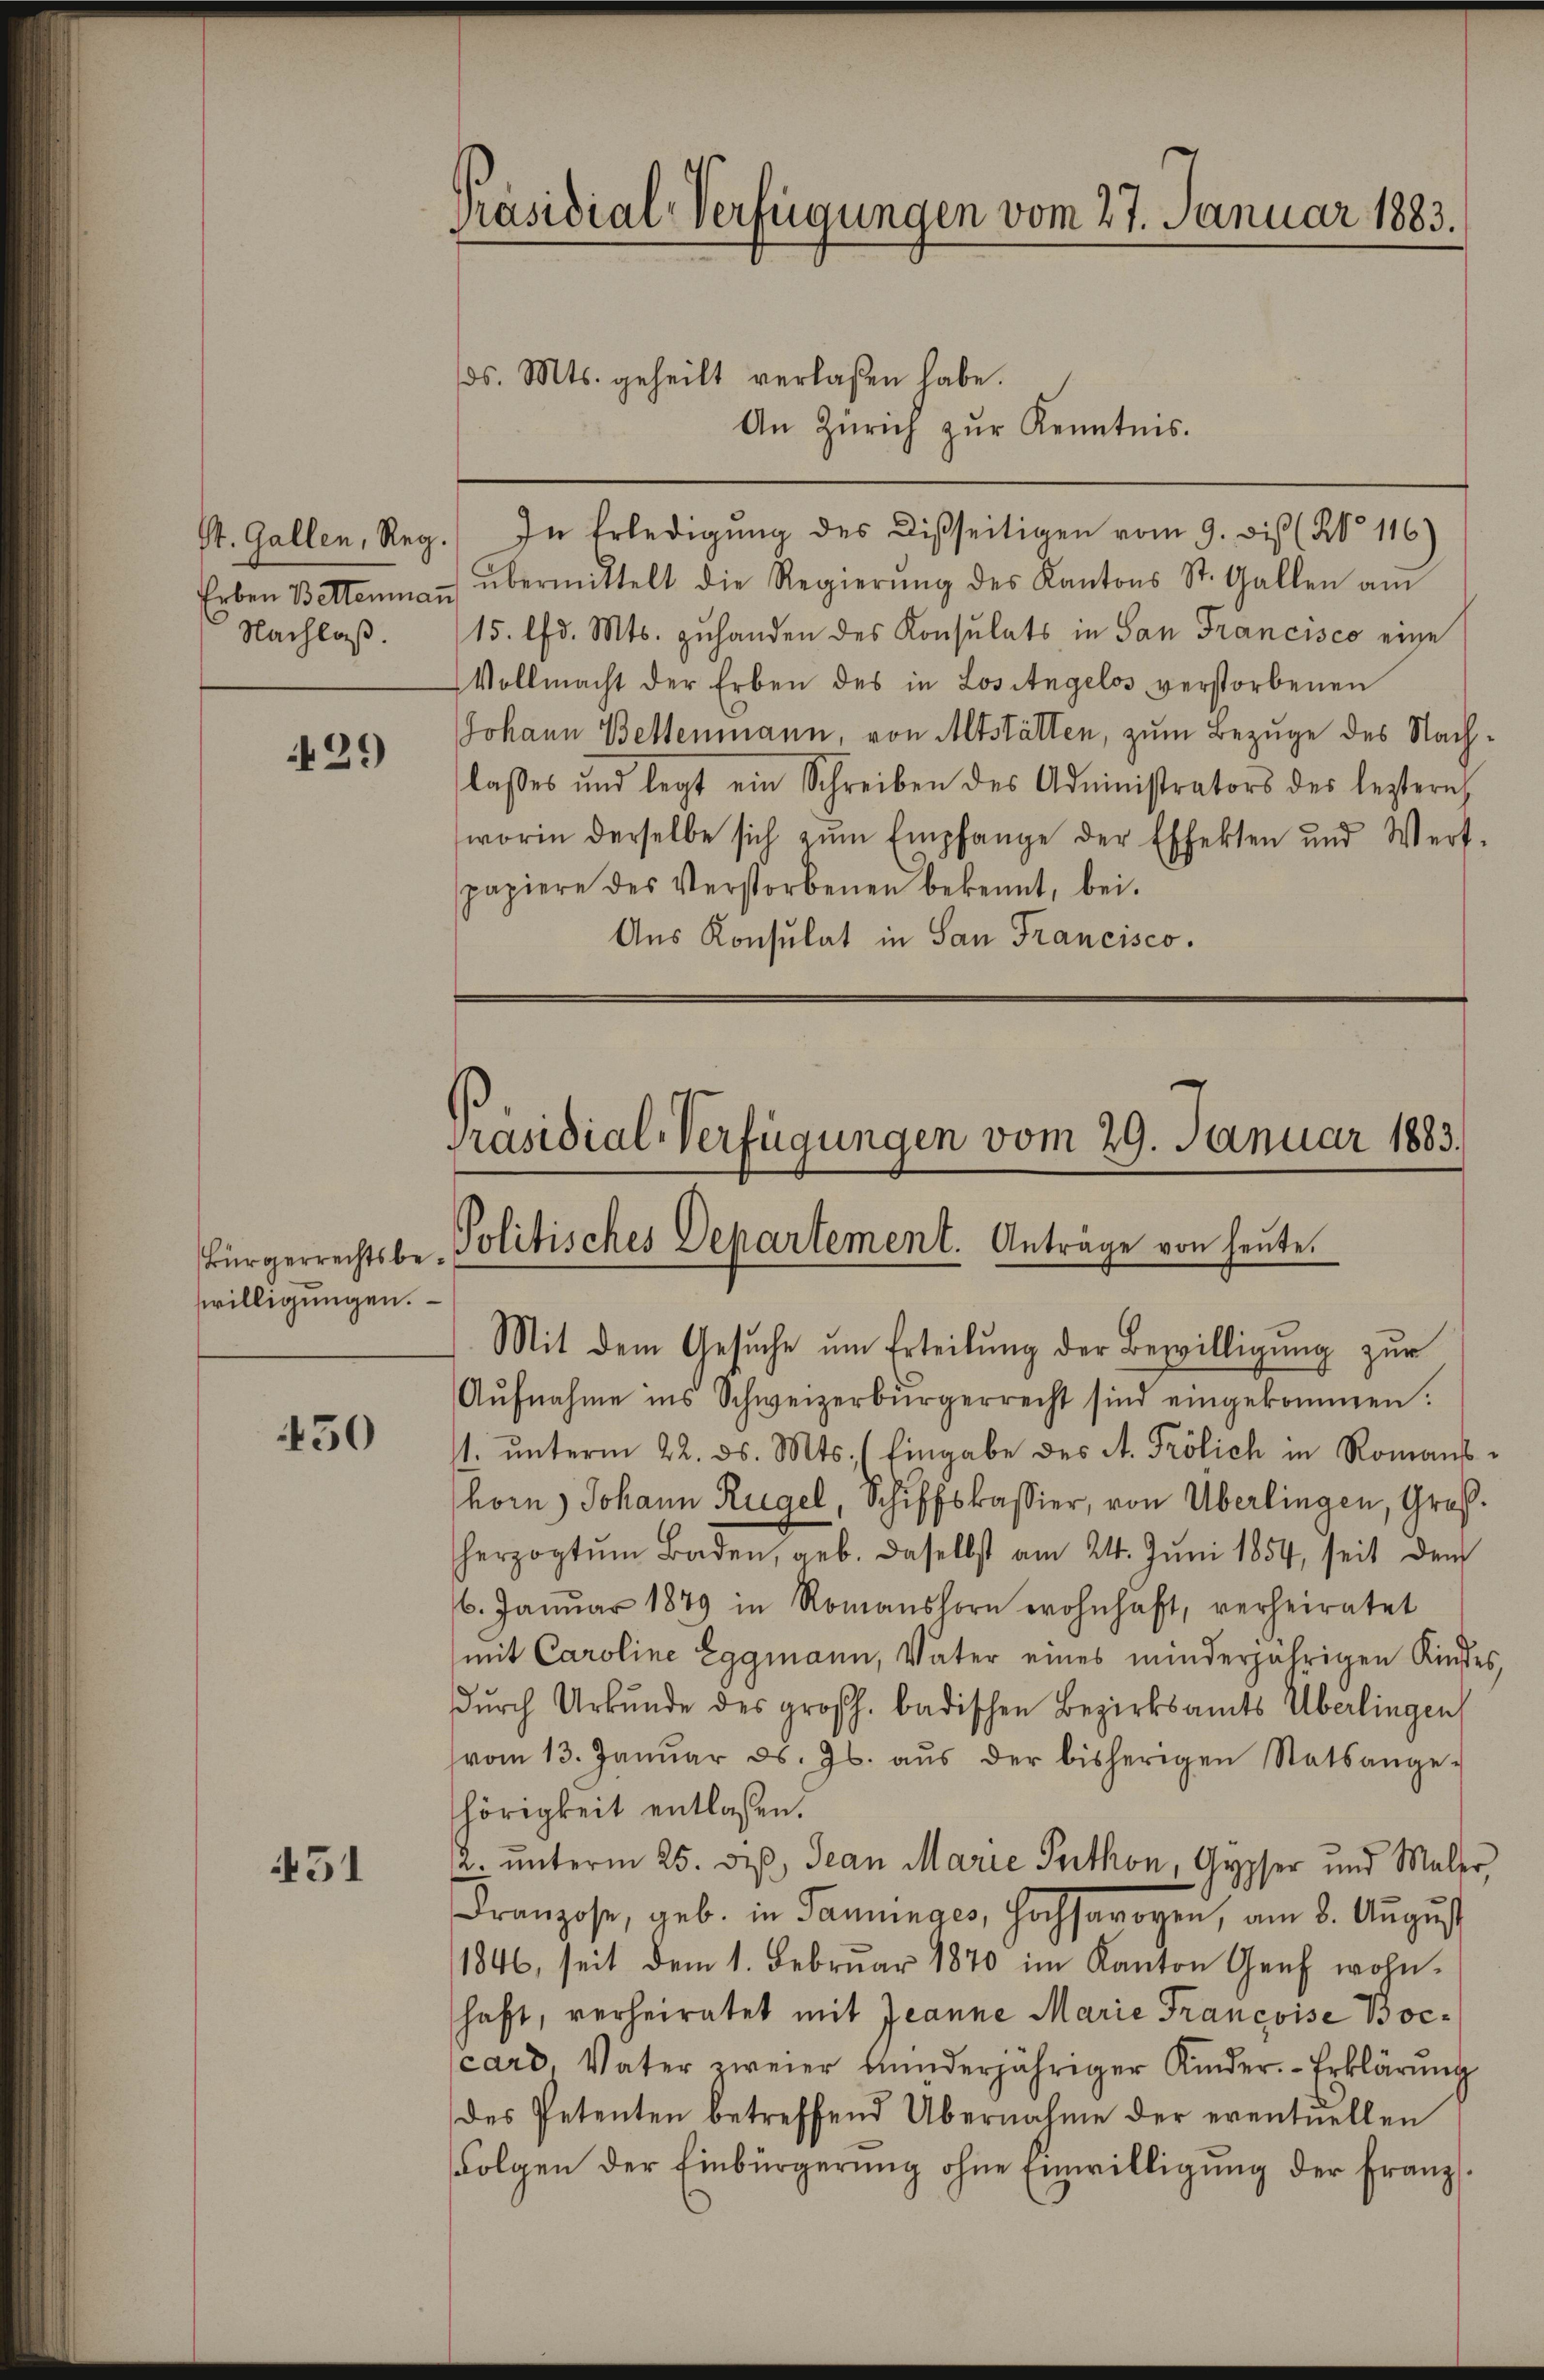
Nachlaß.

429

Bürgerrechtsbewilligŭngen.

450

51

Präsidial-Verfügungen vom 27. Januar 1883.

ds. Mts. geheilt verlaßen habe.
An Zürich zŭr Kenntnis.
St. Gallen, Reg. In Erledigung des Disseitigen vom 9. Dis (§ 116)
Erben Bettenmann übermittelt die Regierŭng des Kantons St. Gallen am
15. lfd. Mts. zuhanden des Konsulats in San Francisco eine
Vollmacht der Erben des in Lositagelos verstorbenen
Johann Bettenmann von Altstätten, zum Bezuge des Nachlasses und legt ein Schreiben des Administrators des leztern
worin derselbe sich zŭm Empfange der Effekten und Wert-
papiere des Verstorbenen bekennt, bei.
Aus Konsulat in San Francisco.

Präsidial-Verfügungen vom 29. Januar 1883.
Politisches Departement. Anträge von heute.
Mit dem Gesuche um Erteilŭng der Bewilligung zur

Aŭfnahme ins Schweizerbürgerrecht sind eingekommen:
1. ŭnterm 22. ds. Mts. (Eingabe des A. Frölich in Romanshorn, Johann Rügel, Schiffskassier, von Überlingen, Großherzogtŭm Baden, geb. daselbst am 24. Jŭni 1854, seit dem
6. Janŭar 1879 in Romanshorn wohnhaft, verheiratet
mit Caroline Eggmann, Vater eines minderjährigen Kindes,
dŭrch Urkunde des großh. badischen Bezirksamts Überlingen
vom 13. Janŭar d. Js. aŭs der bisherigen Statsange-
hörigkeit entlassen.
2. unterm 25. dez. Jean Marie Puthon, Gypser und Maler,
Franzose, geb. in Paninges, hochsarogen, am 8. Aŭgŭst
1846, seit dem 1. Februar 1870 im Kanton Genf wohnhaft, verheiratet mit Jeanne Marie Francoise Boccard, Vater zweier bunderjähriger Kinder. Erklärung
des Petenten betreffend Übernahme der eventuellen
Folgen der Einbürgerŭng ohne Einwilligŭng der Franz